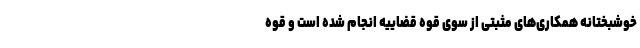
خوشبختانه همکاری‌های مثبتی از سوی قوه قضاییه انجام شده است و قوه